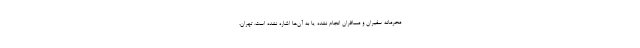
محرمانه سفیران و مسافران انجام نشده یا به آن‌ها اشاره نشده است. تهران،